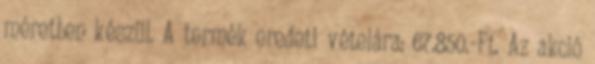
méretben készül. A termék eredeti vételára: 67.850.-Ft. Az akció